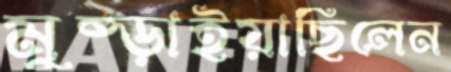
মুষ্‌ড়াইয়াছিলেন